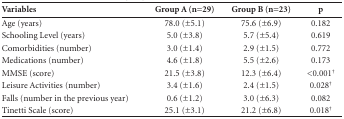
<table><thead><tr><td><b>Variables</b></td><td><b>Group A (n=29)</b></td><td><b>Group B (n=23)</b></td><td><b>p</b></td></tr></thead><tbody><tr><td>Age (years)</td><td>78.0 (±5.1)</td><td>75.6 (±6.9)</td><td>0.182</td></tr><tr><td>Schooling Level (years)</td><td>5.0 (±3.8)</td><td>5.7 (±5.4)</td><td>0.619</td></tr><tr><td>Comorbidities (number)</td><td>3.0 (±1.4)</td><td>2.9 (±1.5)</td><td>0.772</td></tr><tr><td>Medications (number)</td><td>4.6 (±1.8)</td><td>5.5 (±2.6)</td><td>0.173</td></tr><tr><td>MMSE (score)</td><td>21.5 (±3.8)</td><td>12.3 (±6.4)</td><td>&lt;0.001<sup>†</sup></td></tr><tr><td>Leisure Activities (number)</td><td>3.4 (±1.6)</td><td>2.4 (±1.5)</td><td>0.028<sup>†</sup></td></tr><tr><td>Falls (number in the previous year)</td><td>0.6 (±1.2)</td><td>3.0 (±6.3)</td><td>0.082</td></tr><tr><td>Tinetti Scale (score)</td><td>25.1 (±3.1)</td><td>21.2 (±6.8)</td><td>0.018<sup>†</sup></td></tr></tbody></table>